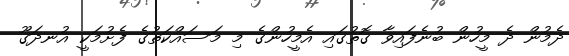
ދެމުން ދެ މީހުން ބުނެފައިވާ ގޮތުގައި އެމީހުންގެ މި މަސައްކަތުގެ ފެށުމަކީ އުނދަގޫ